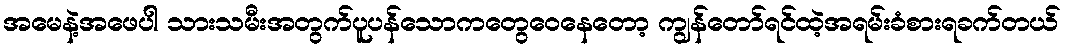
အမေနဲ့အဖေပါ သားသမီးအတွက်ပူပန်သောကတွေဝေနေတော့ ကျွန်တော်ရင်ထဲ့အရမ်းခံစားရခက်တယ်